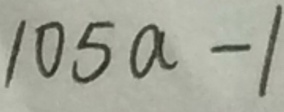
1 0 5 a - 1